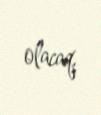
olacaq.